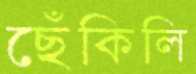
ছেঁকিলি